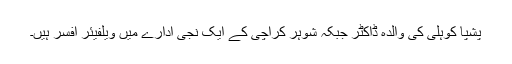
پشپا کوہلی کی والدہ ڈاکٹر جبکہ شوہر کراچی کے ایک نجی ادارے میں ویلفیئر افسر ہیں۔